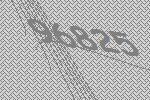
96825